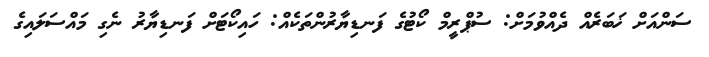
ސަންއަށް ޚަބަރެއް ދެއްވުމަށް: ސުޕްރީމް ކޯޓުގެ ފަނޑިޔާރުންތަކެއް: ހައިކޯޓަށް ފަނޑިޔާރު ނެގި މައްސަލައިގެ